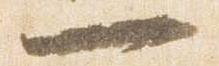
一